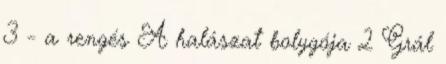
3 - a rengés A halászat bolygója 2 Grál